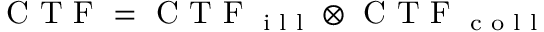
\textrm { C T F } = \textrm { C T F } _ { \textrm { i l l } } \otimes \textrm { C T F } _ { \textrm { c o l l } }